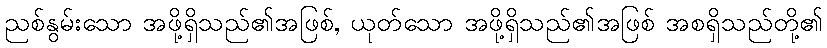
ညစ်နွမ်းသော အဖို့ရှိသည်၏အဖြစ်, ယုတ်သော အဖို့ရှိသည်၏အဖြစ် အစရှိသည်တို့၏